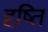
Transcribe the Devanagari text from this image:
दृष्ति